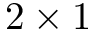
2 \times 1